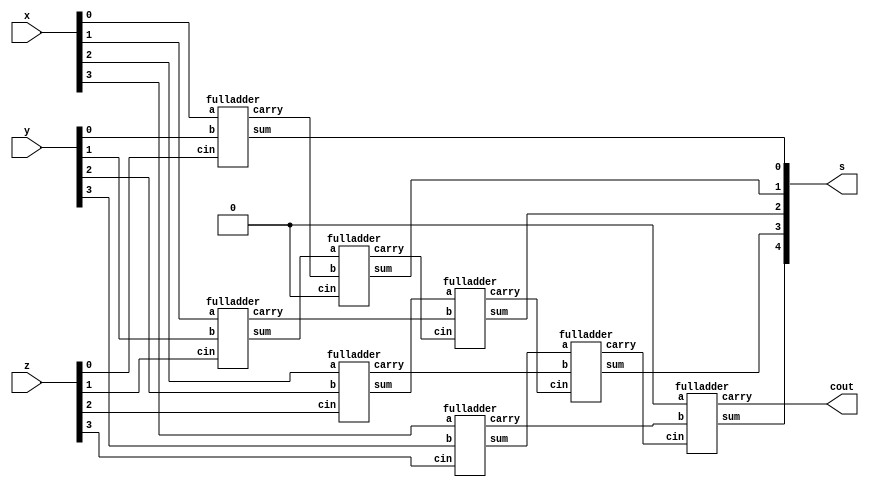
/*
        CARRY SAVE ADDER VERILOG CODE

*/

module CSA
        (   input [3:0] x,y,z,
            output [4:0] s,
            output cout
            );
            
    wire [3:0] c1,s1,c2;

    fulladder fa_inst10(x[0],y[0],z[0],s1[0],c1[0]);
    fulladder fa_inst11(x[1],y[1],z[1],s1[1],c1[1]);
    fulladder fa_inst12(x[2],y[2],z[2],s1[2],c1[2]);
    fulladder fa_inst13(x[3],y[3],z[3],s1[3],c1[3]); 
    fulladder fa_inst20(s1[1],c1[0],1'b0,s[1],c2[1]);
    fulladder fa_inst21(s1[2],c1[1],c2[1],s[2],c2[2]);
    fulladder fa_inst22(s1[3],c1[2],c2[2],s[3],c2[3]);
    fulladder fa_inst23(1'b0,c1[3],c2[3],s[4],cout); 
    assign s[0] = s1[0];

endmodule

module fulladder(   input a,b,cin,output sum,carry );

    assign sum = a ^ b ^ cin;
    assign carry = (a & b) | (cin & b) | (a & cin);
    
endmodule